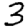
Digit: 3